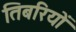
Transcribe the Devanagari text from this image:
तिबरियों